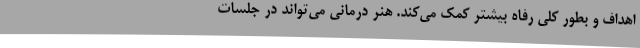
اهداف و بطور کلی رفاه بیشتر کمک می‌کند. هنر درمانی می‌تواند در جلسات